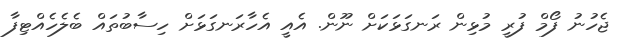
ޖެހުނު ފޯމް ފުރީ މުޅިން ރަނގަޅަކަށް ނޫން. އެއީ އެހާރަނގަޅަށް ހިސާބުތައް ބެލެހެއްޓިފާ